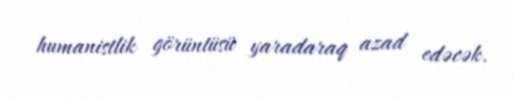
humanistlik görüntüsü yaradaraq azad edəcək.